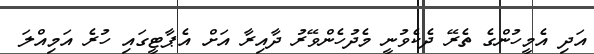
އަދި އެމީހުންގެ ތެރޭ ދެކެވުނީ މެދުހެންވޭރު ދާއިރާ އަށް އެޕާޓީގައި ހުރެ އަމިއްލަ